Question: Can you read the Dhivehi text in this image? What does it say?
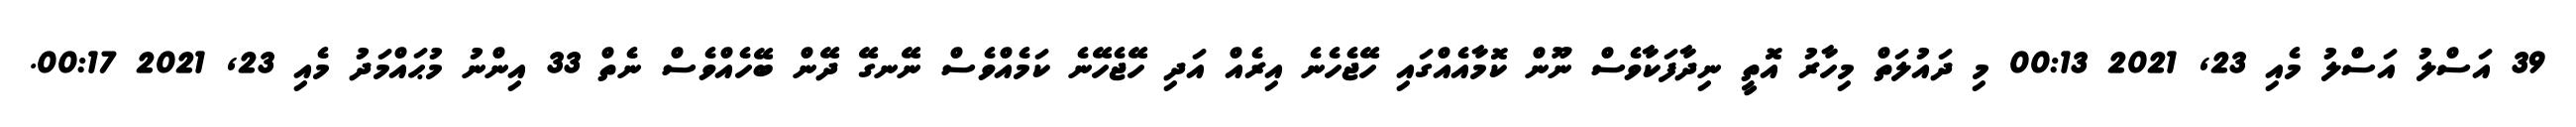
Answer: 39 އަސްލު އަސްލު މެއި 23, 2021 00:13 މި ދައުލަތް މިހާރު އޮތީ ނިދާފަކާވެސް ނޫން ކޮމާއެއްގައި ހޭޖެހެނެ އިރެއް އަދި ހޭޖެހޭނެ ކަމެއްވެސް ނޭނގޭ ދޭން ބޭހެއްވެސް ނެތް 33 އިންނު މުޙައްމަދު މެއި 23, 2021 00:17.